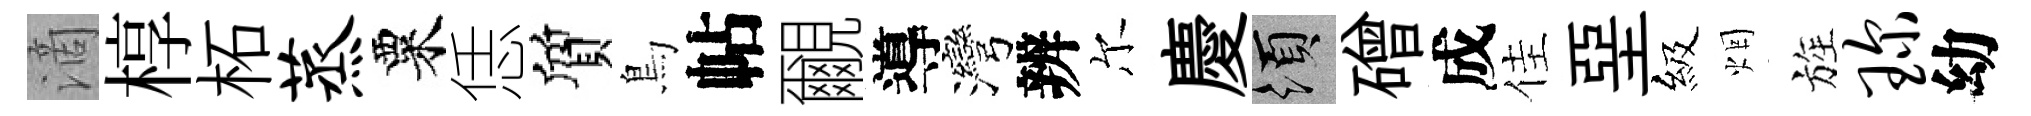
滴椁柘蒸粟恁質鳥帖覼導灣辨尔慶須磳成佳堊級烟旌琛幼